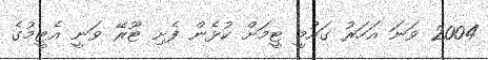
2004 ވަނަ އަހަރު ގައުމީ ޓީމަށް ކުޅެން ފެށި ޓޫރޭ ވަނީ އެޓީމުގެ